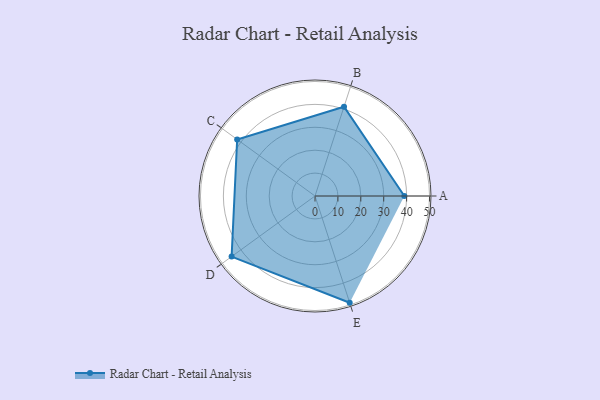
{"axis": {"x": "Skill", "y": "Score"}, "legend": ["Profile"], "data": [{"x": "A", "y": 39.0, "type": "Profile"}, {"x": "B", "y": 41.0, "type": "Profile"}, {"x": "C", "y": 42.0, "type": "Profile"}, {"x": "D", "y": 45.0, "type": "Profile"}, {"x": "E", "y": 49.0, "type": "Profile"}]}